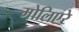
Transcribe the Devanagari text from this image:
मोलिएरे